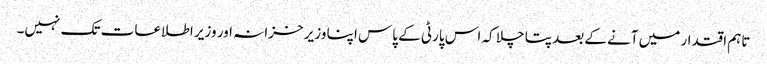
تاہم اقتدار میں آنے کےبعد پتا چلا کہ اس پارٹی کے پاس اپنا وزیر خزانہ اور وزیر اطلاعات تک نہیں۔